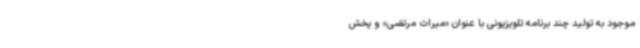
موجود به تولید چند برنامه تلویزیونی با عنوان «میراث مرتضی» و پخش